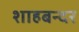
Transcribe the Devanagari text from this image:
शाहबन्दर